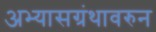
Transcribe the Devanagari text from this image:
अभ्यासग्रंथावरुन